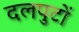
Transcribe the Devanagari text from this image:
दलपुटों